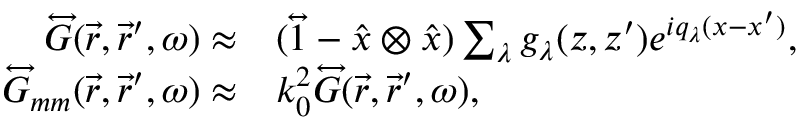
\begin{array} { r l } { \overleftrightarrow { G } ( \vec { r } , \vec { r } ^ { \prime } , \omega ) \approx } & { { } ( \overleftrightarrow { 1 } - \hat { x } \otimes \hat { x } ) \sum _ { \lambda } g _ { \lambda } ( z , z ^ { \prime } ) e ^ { i q _ { \lambda } ( x - x ^ { \prime } ) } , } \\ { \overleftrightarrow { G } _ { m m } ( \vec { r } , \vec { r } ^ { \prime } , \omega ) \approx } & { { } k _ { 0 } ^ { 2 } \overleftrightarrow { G } ( \vec { r } , \vec { r } ^ { \prime } , \omega ) , } \end{array}